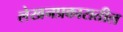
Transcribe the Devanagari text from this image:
लेखनप्रकारातील